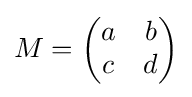
M={\begin{pmatrix}a&b\\c&d\end{pmatrix}}